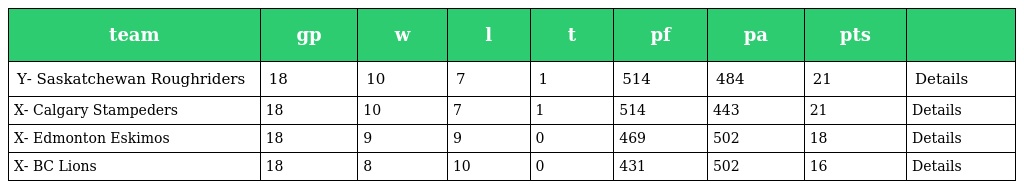
| team | gp | w | l | t | pf | pa | pts |  |
 | --- | --- | --- | --- | --- | --- | --- | --- | --- |
 | Y- Saskatchewan Roughriders | 18 | 10 | 7 | 1 | 514 | 484 | 21 | Details |
 | X- Calgary Stampeders | 18 | 10 | 7 | 1 | 514 | 443 | 21 | Details |
 | X- Edmonton Eskimos | 18 | 9 | 9 | 0 | 469 | 502 | 18 | Details |
 | X- BC Lions | 18 | 8 | 10 | 0 | 431 | 502 | 16 | Details |